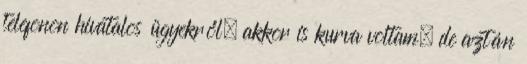
telefonon hivatalos ügyekről, akkor is kurva voltam. de aztán